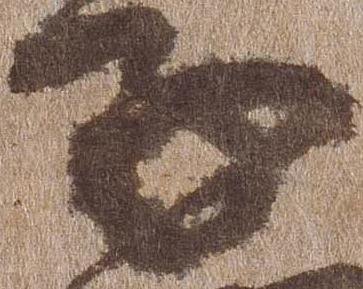
子